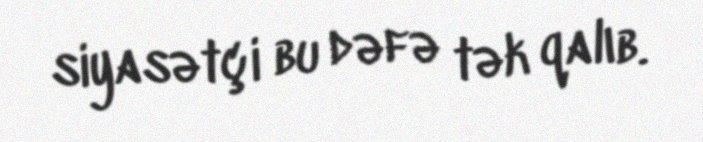
siyasətçi bu dəfə tək qalıb.